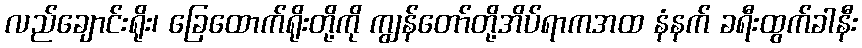
လည်ချောင်းရိုး၊ ခြေထောက်ရိုးတို့ကို ကျွန်တော်တို့အိပ်ရာကအထ နံနက် ခရီးထွက်ခါနီး